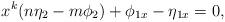
LaTeX: \begin{align*}x^k(n\eta_2-m\phi_2)+\phi_{1x}-\eta_{1x}=0,\end{align*}